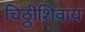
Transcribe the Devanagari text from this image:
चिठ्ठीशिवाय